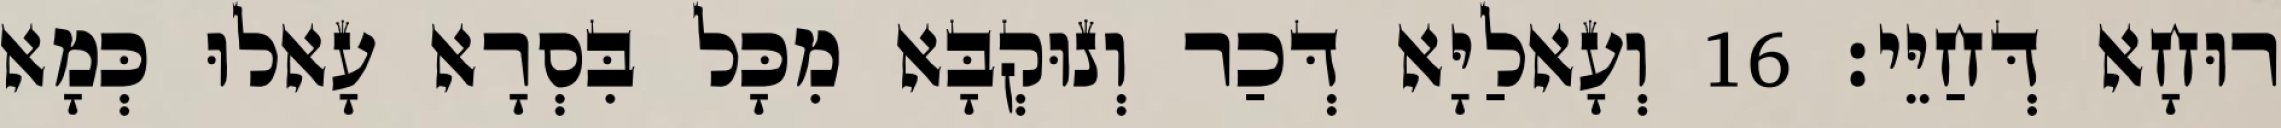
רוּחָא דְּחַיֵּי׃ 16 וְעָאלַיָּא דְּכַר וְנוּקְבָּא מִכָּל בִּסְרָא עָאלוּ כְּמָא